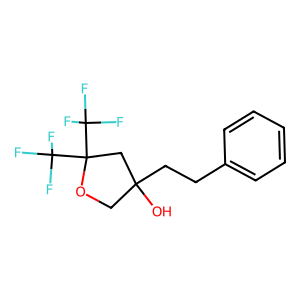
SMILES: OC1(CCc2ccccc2)COC(C(F)(F)F)(C(F)(F)F)C1
Inhibits HIV replication: No